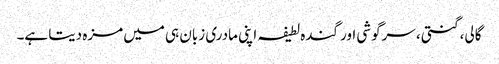
گالی، گنتی، سرگوشی اور گندہ لطیفہ اپنی مادری زبان ہی میں مزہ دیتا ہے۔